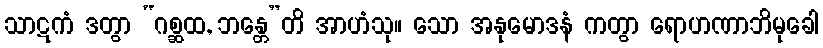
သာဋကံ ဒတွာ “ဂစ္ဆထ, ဘန္တေ”တိ အာဟံသု။ သော အနုမောဒနံ ကတွာ ရောဟဏာဘိမုခေါ